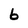
Character: 6